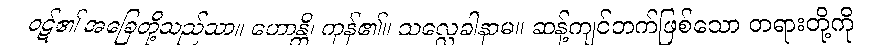
ဝဋ်၏ အခြေတို့သည်သာ။ ဟောန္တိ၊ ကုန်၏။ သလ္လေခါနာမ။ ဆန့်ကျင်ဘက်ဖြစ်သော တရားတို့ကို